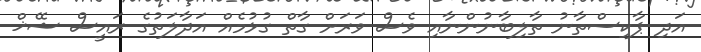
އަދި ޕާކިސްތާނު ތާލިބާނުންނާއި ވެސް ވަރަށް ގާތް ގުޅުމެއް އަދާލަތުގެ ރައީސް ޝޭޚް